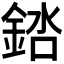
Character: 𬫠